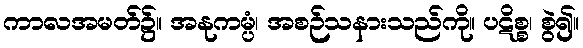
ကာလအမတ်၌။ အနုကမ္ပံ၊ အစဉ်သနားသည်ကို။ ပဋိစ္စ၊ စွဲ၍။